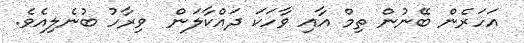
އަހަރެން ބޭނުން ތިމް އާއި ވާހަކަ ދައްކާލަން  ވިރާހު ބުނެލިއެވެ.